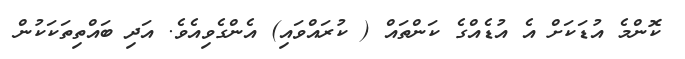
ކޮންމެ އުޑަކަށް އެ އުޑެއްގެ ކަންތައް ( ކުރައްވައި) އެންގެވިއެވެ. އަދި ބައްތިތަކަކުން